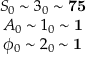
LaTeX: \begin{array} { c } { { S _ { 0 } \sim 3 _ { 0 } \sim \mathbf { 7 5 } } } \\ { { A _ { 0 } \sim 1 _ { 0 } \sim \mathbf { 1 } } } \\ { { \phi _ { 0 } \sim 2 _ { 0 } \sim \mathbf { 1 } } } \end{array}